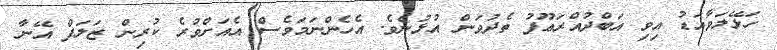
ހަޅޭލަވާއަޑު އިވި އަބްދުއްރަޢޫފު ތެދުވަން އުޅުނެވެ. އެހެންނަމަވެސް އެއަށްވުރެ ކުރިން ޒަލަފް އޭނާ